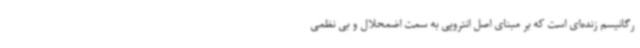
رگانیسم زنده‌ای است که بر مبنای اصل انتروپی به سمت اضمحلال و بی نظمی